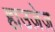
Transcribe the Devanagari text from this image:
हाउज़ेज़